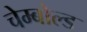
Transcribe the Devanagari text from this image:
चेम्बोल्ड